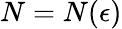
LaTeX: N=N(\epsilon)